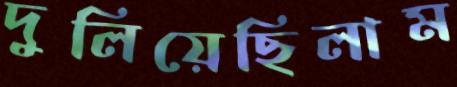
দুলিয়েছিলাম